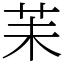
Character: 苿